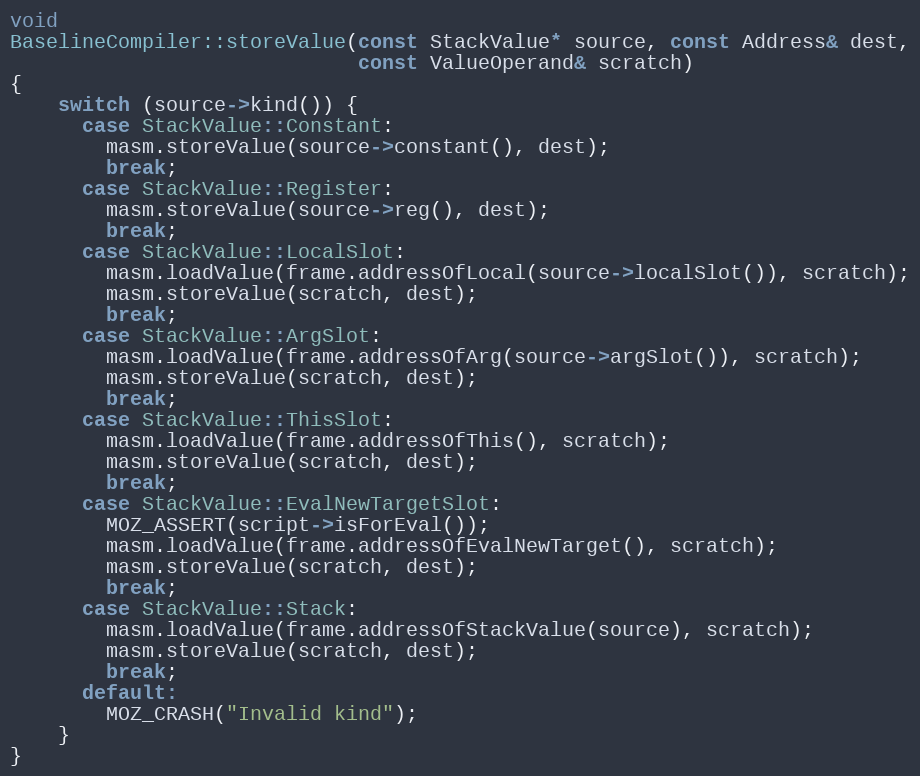
Language: C++
void
BaselineCompiler::storeValue(const StackValue* source, const Address& dest,
                             const ValueOperand& scratch)
{
    switch (source->kind()) {
      case StackValue::Constant:
        masm.storeValue(source->constant(), dest);
        break;
      case StackValue::Register:
        masm.storeValue(source->reg(), dest);
        break;
      case StackValue::LocalSlot:
        masm.loadValue(frame.addressOfLocal(source->localSlot()), scratch);
        masm.storeValue(scratch, dest);
        break;
      case StackValue::ArgSlot:
        masm.loadValue(frame.addressOfArg(source->argSlot()), scratch);
        masm.storeValue(scratch, dest);
        break;
      case StackValue::ThisSlot:
        masm.loadValue(frame.addressOfThis(), scratch);
        masm.storeValue(scratch, dest);
        break;
      case StackValue::EvalNewTargetSlot:
        MOZ_ASSERT(script->isForEval());
        masm.loadValue(frame.addressOfEvalNewTarget(), scratch);
        masm.storeValue(scratch, dest);
        break;
      case StackValue::Stack:
        masm.loadValue(frame.addressOfStackValue(source), scratch);
        masm.storeValue(scratch, dest);
        break;
      default:
        MOZ_CRASH("Invalid kind");
    }
}